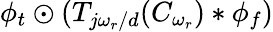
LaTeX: \phi_{t}\odot(T_{j\omega_{r}/d}(C_{\omega_{r}})*\phi_{f})